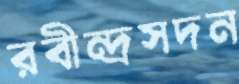
রবীন্দ্রসদন